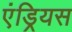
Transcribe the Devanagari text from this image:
एंड्रियस